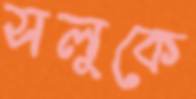
সলুকে